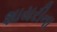
શાયરીના